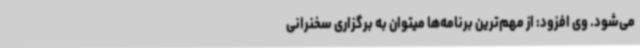
می‌شود. وی افزود: از مهم‌ترین برنامه‌ها میتوان به برگزاری سخنرانی